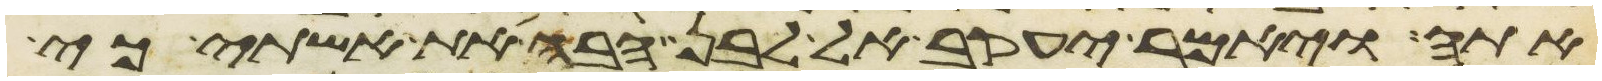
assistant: אתה ויאמר יעקב אל לבן הבה את אשתי כי